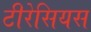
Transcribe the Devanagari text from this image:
टीरेसियस